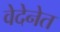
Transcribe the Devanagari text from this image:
वेदेनेत